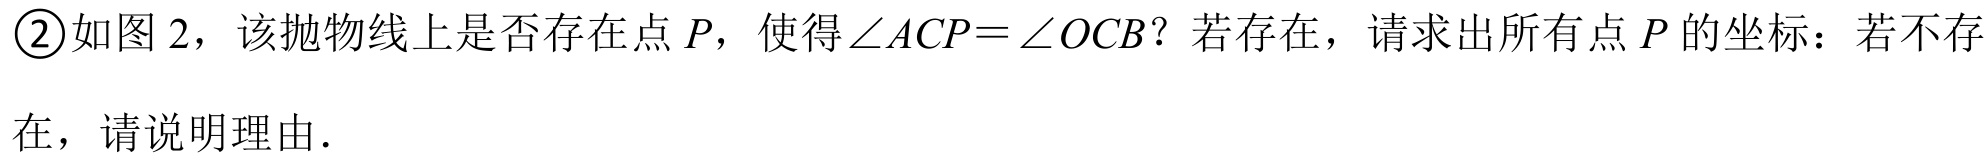
\textcircled{2}如图 2，该抛物线上是否存在点 \(P\)，使得\(\angle ACP = \angle OCB\)？若存在，请求出所有点 \(P\) 的坐标；若不存在，请说明理由.